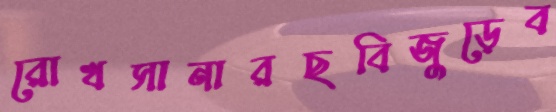
রোখসানারছবিজুড়েব